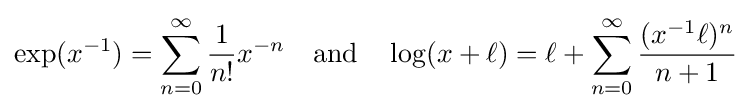
\exp(x^{-1})=\sum _{n=0}^{\infty }{\frac {1}{n!}}x^{-n}\quad {\text{and}}\quad \log(x+\ell )=\ell +\sum _{n=0}^{\infty }{\frac {(x^{-1}\ell )^{n}}{n+1}}